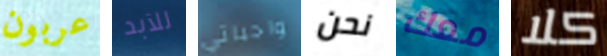
عربون للآبد واجباتي نحن معك كلا